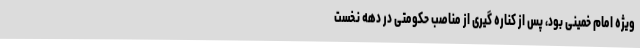
ویژه امام خمینی بود، پس از کناره گیری از مناصب حکومتی در دهه نخست